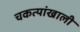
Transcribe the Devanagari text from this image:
चकत्यांखाली